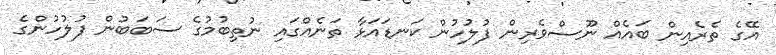
އޭގެ ތެރެއިން ބައެއް ނޫސްވެރިން ފުލުހުން ކަނޑައަޅާ ތަނެއްގައި ނުތިބުމުގެ ސަބަބުން ފުލުހުންގެ